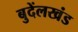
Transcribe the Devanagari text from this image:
बुदेंलखंड